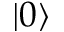
\left| 0 \right>